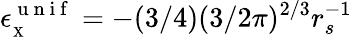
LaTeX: \epsilon_{_{\scriptscriptstyle\mathrm{X}}}^{\mathrm{~u~n~i~f~}}=-(3/4)(3/2\pi)^{2/3}r_{s}^{-1}